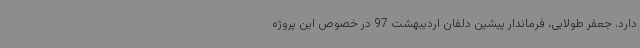
دارد. جعفر طولابی، فرماندار پیشین دلفان اردیبهشت 97 در خصوص این پروژه